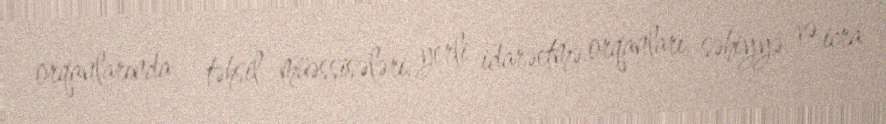
orqanlarında - təhsil müəssisələri, yerli idarəetmə orqanları, səhiyyə və icra